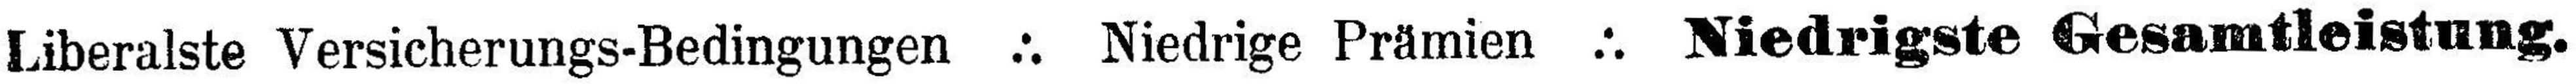
Liberalste Versicherungs-Bedingungen Niedrige Prämien Niedrigste Gesamtleistung.